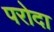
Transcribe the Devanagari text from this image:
परोदा